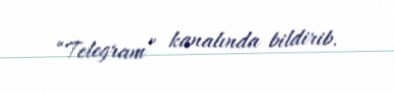
“Telegram” kanalında bildirib.